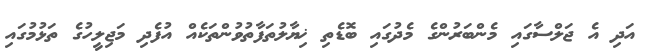
އަދި އެ ޖަލްސާގައި މެންބަރުންގެ މެދުގައި ބޮޑެތި ޚިޔާލުތަފާތުވުންތަކެއް އުފެދި މަޖިލީހުގެ ތަޅުމުގައި